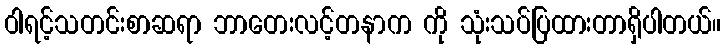
ဝါရင့်သတင်းစာဆရာ ဘာတေးလင့်တနာက ကို သုံးသပ်ပြထားတာရှိပါတယ်။